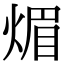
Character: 煝